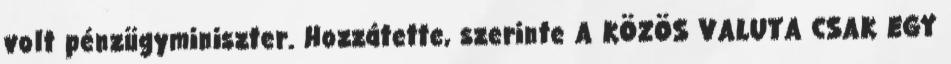
volt pénzügyminiszter. Hozzátette, szerinte A KÖZÖS VALUTA CSAK EGY